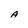
Character: A